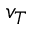
v _ { T }